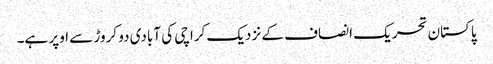
پاکستان تحریک انصاف کے نزدیک کراچی کی آبادی دو کروڑ سے اوپر ہے۔